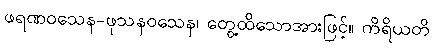
ဖရဏဝသေန-ဖုသနဝသေန၊ တွေ့ထိသောအားဖြင့်။ ကိရိယတိ